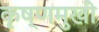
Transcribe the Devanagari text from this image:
कृष्णमुखी